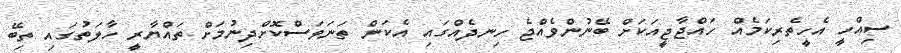
ސިއްހީ އެހީތެރިކަމެއް ހައްޖާޖީއަކަށް ބޭނުންވެއްޖެ ހިނދެއްގައި އެކަން ތަނަވަސްކޮށްދިނުމަށް ތައްޔާރީ ހާލަތުގައި ތިބޭ